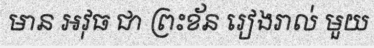
មាន អវុធ ជា ព្រះខ័ន រៀងរាល់ មួយ